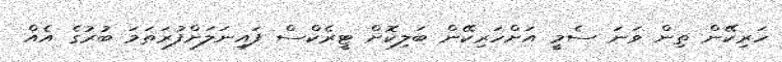
ހަރިކޭން ތިން ވަނަ ސެމީ އަށްހަރިކޭން ބަލިކޮށް ޓީރެކްސް ފައިނަލަށްފުރަތަމަ ބުރުގެ އެއް